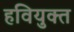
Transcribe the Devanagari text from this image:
हवियुक्त